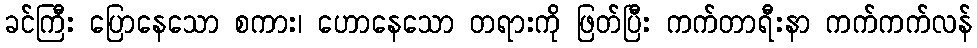
ခင်ကြီး ပြောနေသော စကား၊ ဟောနေသော တရားကို ဖြတ်ပြီး ကက်တာရီးနာ ကက်ကက်လန်